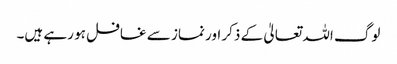
لوگ اللہ تعالیٰ کے ذکر اور نماز سے غافل ہو رہے ہیں۔